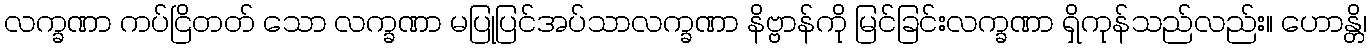
လက္ခဏာ ကပ်ငြိတတ် သော လက္ခဏာ မပြုပြင်အပ်သာလက္ခဏာ နိဗ္ဗာန်ကို မြင်ခြင်းလက္ခဏာ ရှိကုန်သည်လည်း။ ဟောန္တိ၊